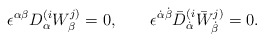
\begin{align*}\epsilon^{\alpha\beta} D_\alpha^{(i} W_\beta^{j)} = 0, \qquad \epsilon^{\dot\alpha\dot\beta} \bar D_{\dot\alpha}^{(i} \bar W_{\dot\beta}^{j)} = 0.\end{align*}